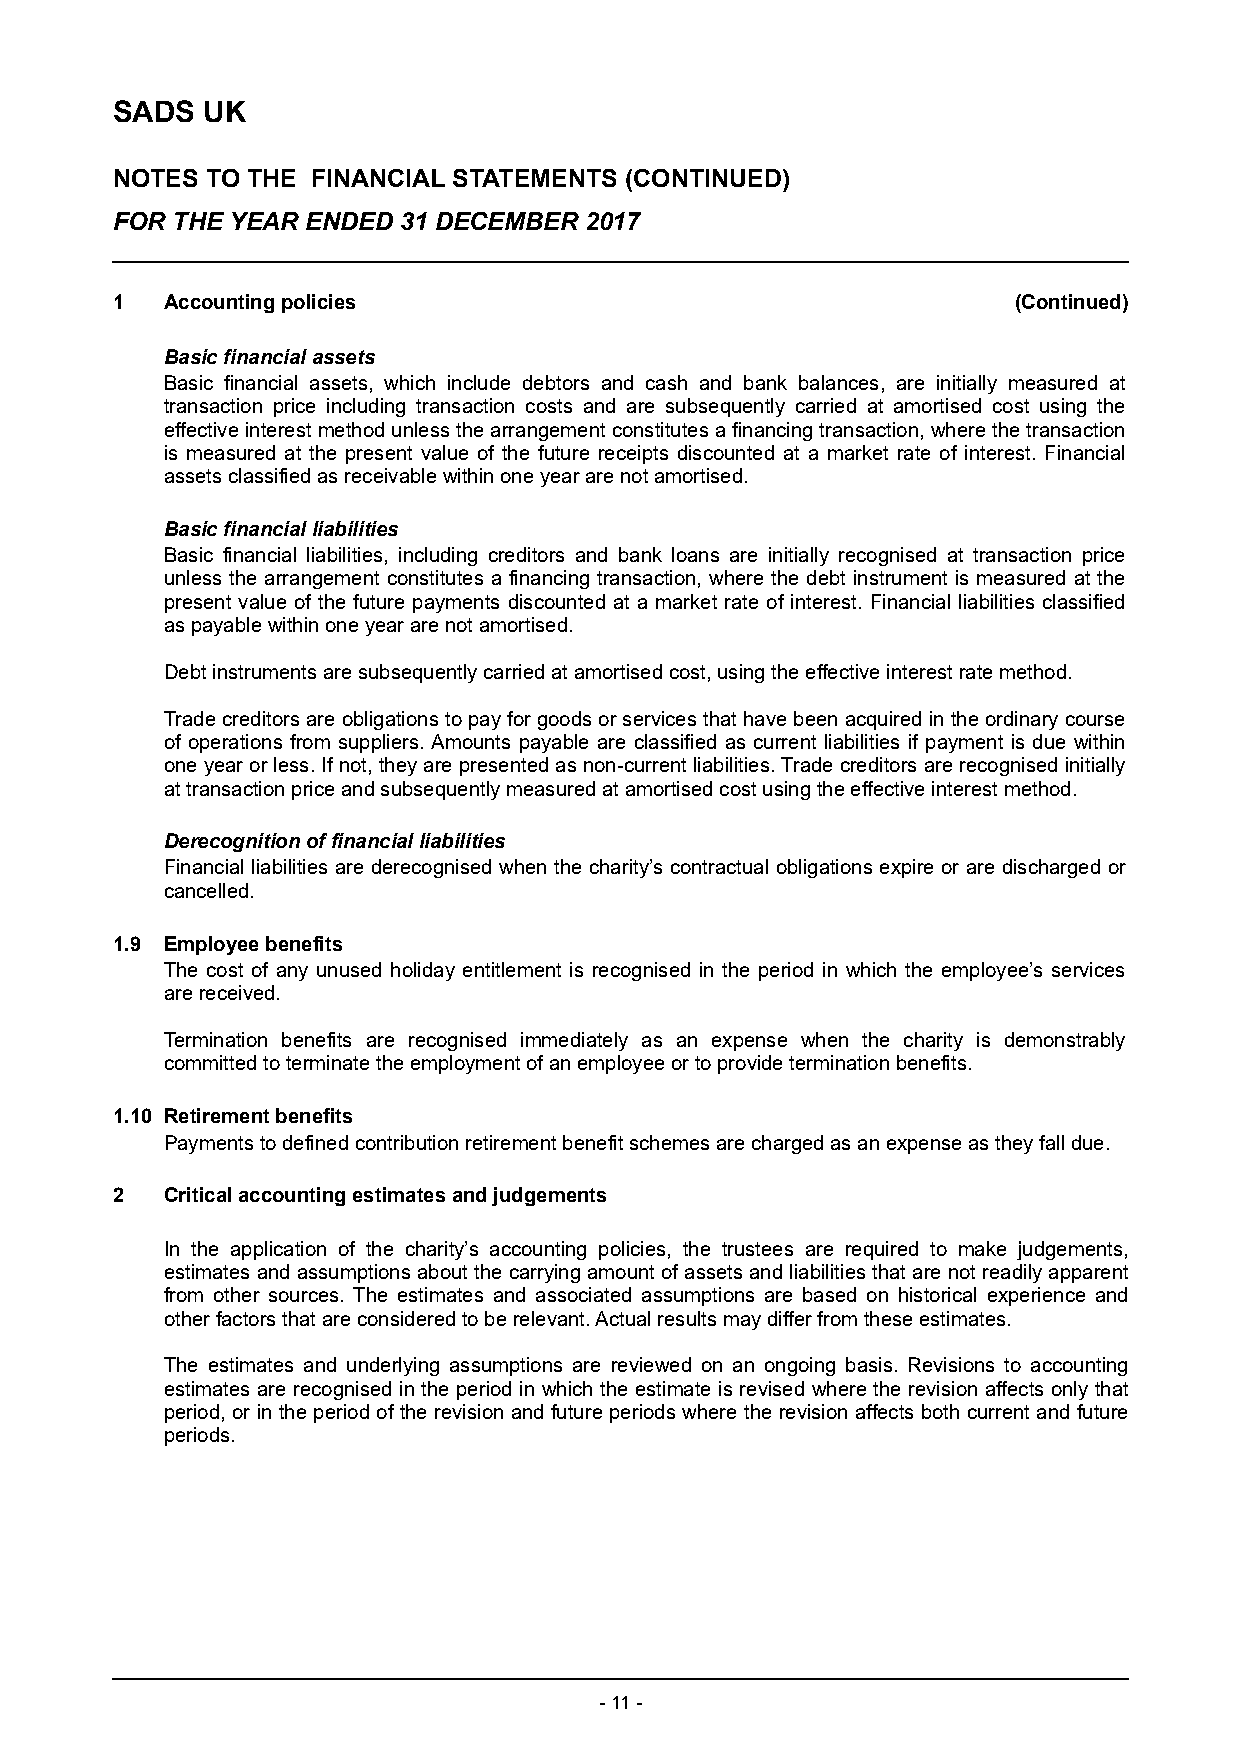
SADS  UK
 NOTES  TO THE FINANCIAL STATEMENTS (CONTINUED)
 FOR THE YEAR ENDED 31 DECEMBER  2017
 1   Accounting policies                                     (Continued)
 Basic financial assets
 Basic financial assets, which include debtors and cash and bank balances, are initially measured at
 transaction price including transaction costs and are subsequently carried at amortised cost using the
 effective interest method unless the arrangement constitutes a financing transaction, where the transaction
 is measured at the present value of the future receipts discounted at a market rate of interest. Financial
 assets classified as receivable within one year are not amortised.
 Basic financial liabilities
 Basic financial liabilities, including creditors and bank loans are initially recognised at transaction price
 unless the arrangement constitutes a financing transaction, where the debt instrument is measured at the
 present value of the future pa yment s discounted at a market rate of interest. Financial liabilities classified
 as payable within one year are not amortised.
 Debt instruments are subsequently carried at amortised cost, using the effective interest rate method.
 Trade creditors are obligations to pay for goods or services that have been acquired in the ordinary course
 of o perations f rom suppliers. Amounts payable are classified as current liabilities if payment is due within
 one year or less. If not, they are presented as non-current liabilities. Trade creditors are recognised initially
 at transaction price and subsequently measured at amortised cost using the effective interest method.
 Derecognition of financial liabilities
 Financial liabilities are derecognised when the charity’s contractual obligations expire or are discharged or
 cancelled.
 1.9 Employee benefits
 The cost of any unused holiday entitlement is recognised in the period in which the employee’s services
 are received.
 Termination benefits are recognised immediately as an expense when the charity is demonstrably
 committed to terminate the employment of an employee or to provide termination benefits.
 1.10 Retirement benefits
 Payments to defined contribution retirement benefit schemes are charged as an expense as they fall due.
 2   Critical accounting estimates and judgements
 In the application of the charity’s accounting policies, the trustees are required to make judgements,
 estimates and assumptions about the carrying amount of assets and liabilities that are not readily apparent
 from other sources. The estimates and associated assumptions are based on historical experience and
 other factors that are considered to be relevant. Actual results may differ from these estimates.
 The estimates and underlying assumptions are reviewed on an ongoing basis. Revisions to accounting
 estimates are recognised in the period in which the estimate is revised where the revision affects only that
 period, or in the period of the revision and future periods where the revision affects both current and future
 periods.
 - 11 -